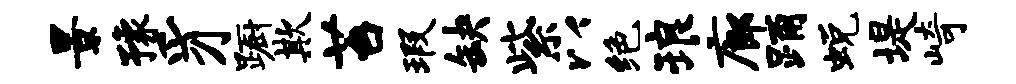
景豫豸蹰欺苔瑕缺紫以绝琅廊踊蜕堤崎